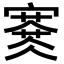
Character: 𡫜